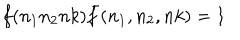
LaTeX: f ( n _ { 1 } n _ { 2 } n k ) { \bar { f } } ( n _ { 1 } , n _ { 2 } , n k ) = 1